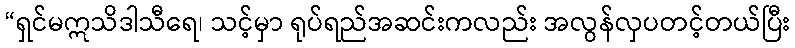
“ရှင်မဣသိဒါသီရေ၊ သင့်မှာ ရုပ်ရည်အဆင်းကလည်း အလွန်လှပတင့်တယ်ပြီး